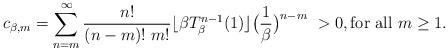
LaTeX: \begin{align*}c_{\beta, m} = \sum_{n=m}^{\infty} \frac{n !}{(n-m) ! ~m !}\lfloor \beta T_{\beta}^{n-1}(1) \rfloor \bigl(\frac{1}{\beta}\bigr)^{n-m} ~> 0,\mbox{for all}~ m \geq 1.\end{align*}